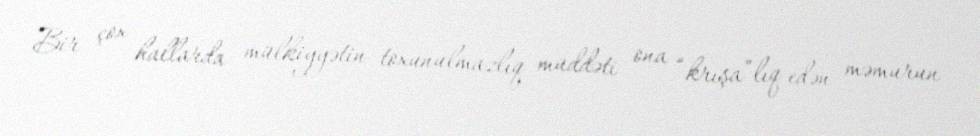
Bir çox hallarda mülkiyyətin toxunulmazlıq müddəti ona “krışa”lıq edən məmurun